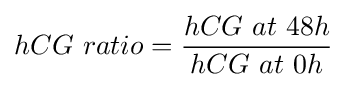
hCG~ratio={\frac {hCG~at~48h}{hCG~at~0h}}